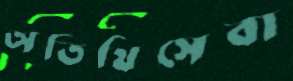
অতিথিসেবা